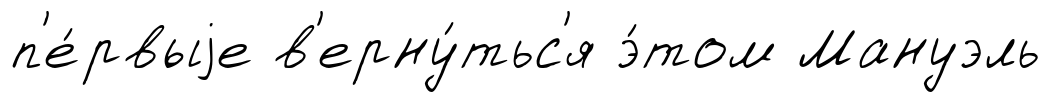
п'е́рвыjе в'ерну́тьс'я э́том Мануэль